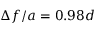
\Delta f / a = 0 . 9 8 d